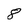
Character: 8